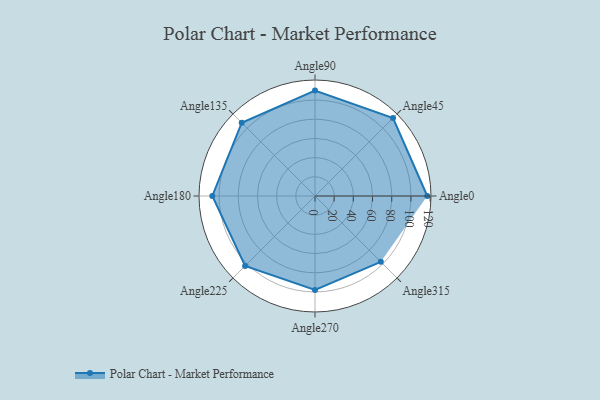
{"axis": {"x": "Angle", "y": "Radius"}, "legend": [""], "data": [{"x": "Angle0", "y": 117.0, "type": ""}, {"x": "Angle45", "y": 115.0, "type": ""}, {"x": "Angle90", "y": 110.0, "type": ""}, {"x": "Angle135", "y": 108.0, "type": ""}, {"x": "Angle180", "y": 107.0, "type": ""}, {"x": "Angle225", "y": 103.0, "type": ""}, {"x": "Angle270", "y": 98.0, "type": ""}, {"x": "Angle315", "y": 97.0, "type": ""}]}